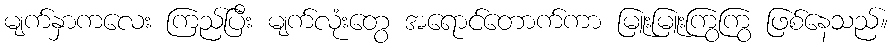
မျက်နှာကလေး ကြည်ပြီး မျက်လုံးတွေ အရောင်တောက်ကာ မြူးမြူးကြွကြွ ဖြစ်နေသည်။